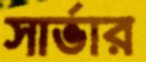
সার্ভার